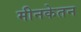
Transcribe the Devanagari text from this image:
मीनकेतन